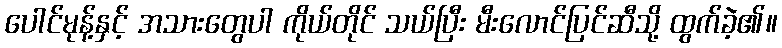
ပေါင်မုန့်နှင့် အသားတွေပါ ကိုယ်တိုင် သယ်ပြီး မီးလောင်ပြင်ဆီသို့ ထွက်ခဲ့၏။